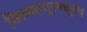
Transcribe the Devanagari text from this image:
चिकबल्लपूरमधूनच